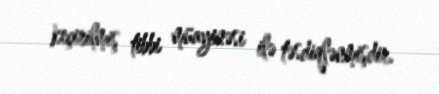
keçirilmiş tibbi müayinəsi ilə təsdiqlənmişdir.